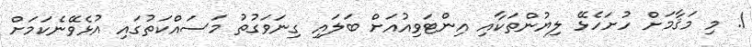
1. މި މަޤާމަށް ހުށަހެޅޭ ލިޔުންތަކާއި އިންޓަވިއުއަށް ބަލައި ގިނަވަގުތު މަސައްކަތުގައި އުޅެވޭނެކަމަށް